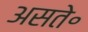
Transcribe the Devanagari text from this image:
असते॰